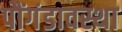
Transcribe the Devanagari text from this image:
पौंगंडावस्था